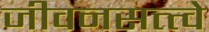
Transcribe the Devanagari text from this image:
जीवनसत्त्त्वे